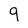
Character: 9